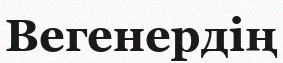
Вегенердің